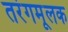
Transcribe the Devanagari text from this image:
तरंगमूलक